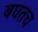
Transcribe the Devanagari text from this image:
बघतच